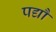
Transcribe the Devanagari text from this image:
पद्यौं